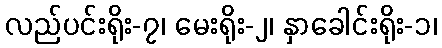
လည်ပင်းရိုး-၇၊ မေးရိုး-၂၊ နှာခေါင်းရိုး-၁၊